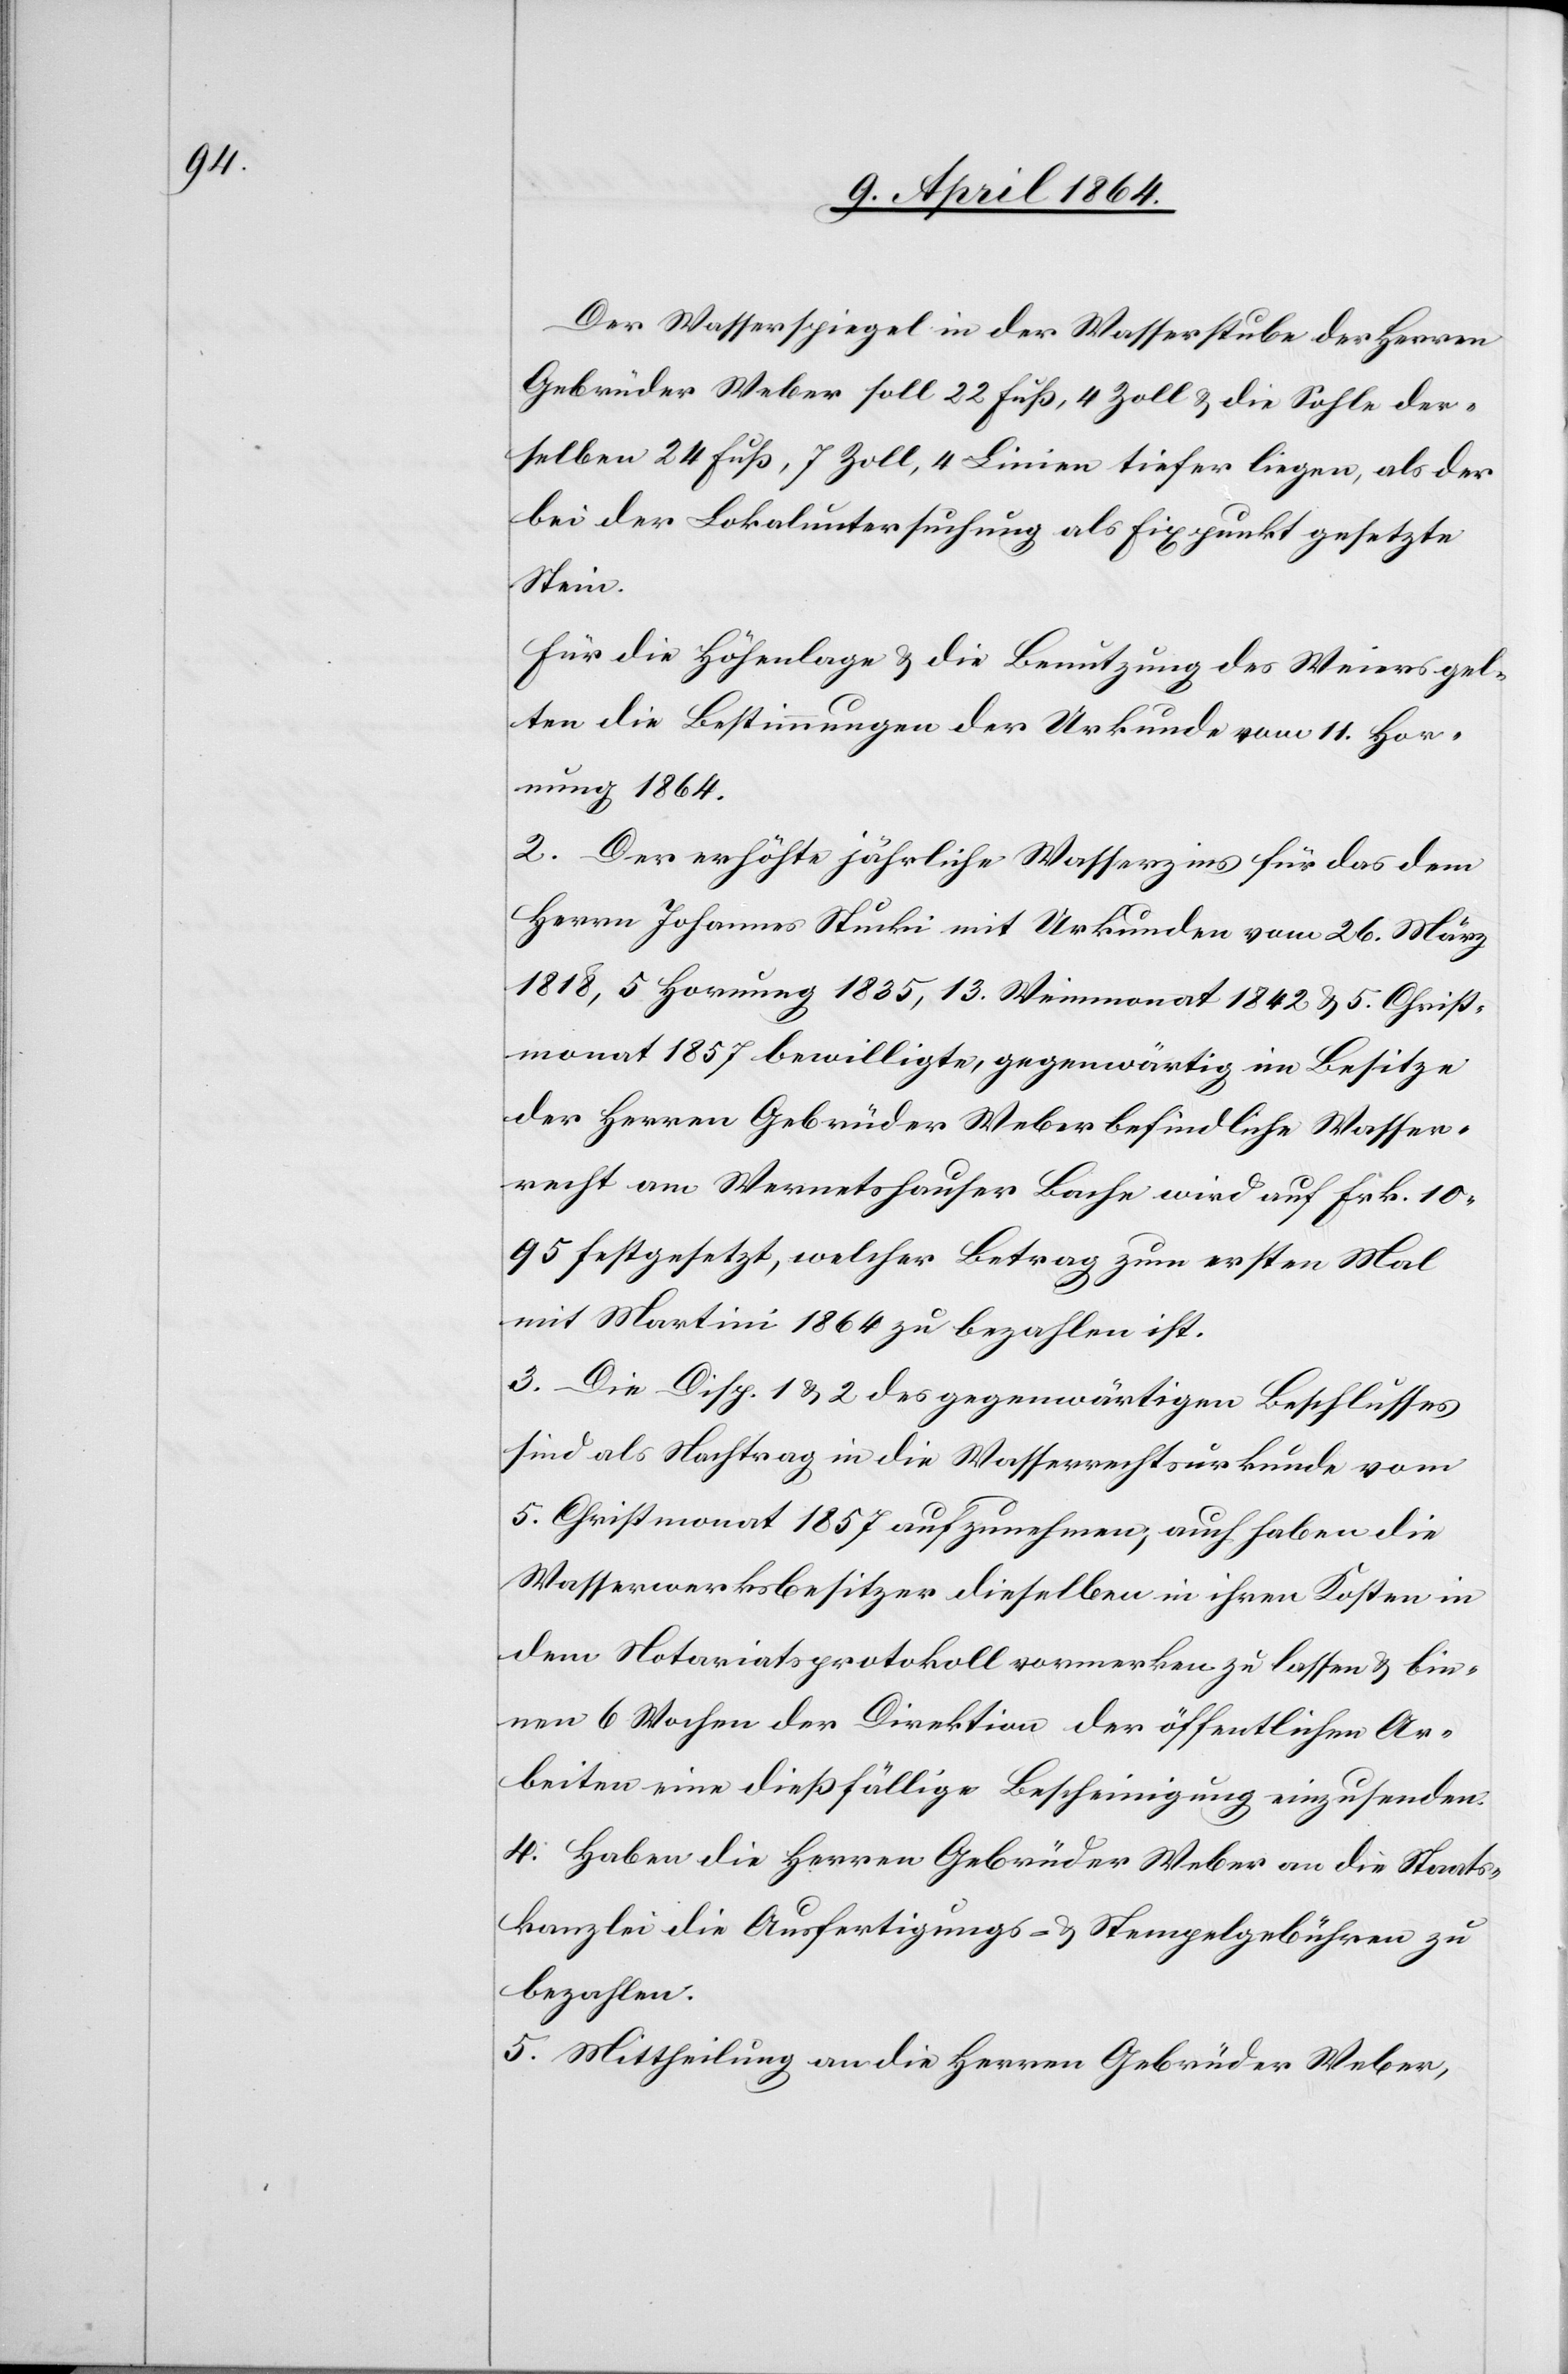
Der Wasserspiegel in der Wasserstube der Herren
Gebrüder Weber soll 22 Fuß, 4 Zoll u. die Sohle der¬
selben 24 Fuß, 7 Zoll, 4 Linien tiefer liegen, als der
bei der Lokaluntersuchung als Fixpunkt gesetzte
Stein.
Für die Höhenlage u. die Benutzung des Weiers gel¬
ten die Bestimmungen der Urkunde vom 11. Hor¬
nung 1864.
2. Der erhöhte jährliche Wasserzins für das dem
Herrn Johannes Stucki mit Urkunden vom 26. März
1818, 5. Hornung 1835, 13. Weinmonat 1842 u. 5. Christ¬
monat 1857 bewilligte, gegenwärtig im Besitze
der Herren Gebrüder Weber befindliche Wasser¬
recht am Wernetshauser Bache wird auf Frk. 10
95 festgesetzt, welcher Betrag zum ersten Mal
mit Martini 1864 zu bezahlen ist.
3. Die Disp. 1 u. 2 des gegenwärtigen Beschlusses
sind als Nachtrag in die Wasserrechtsurkunde vom
5. Christmonat 1857 aufzunehmen, auch haben die
Wasserwerksbesitzer dieselben in ihren Kosten in
dem Notariatsprotokoll vormerken zu lassen u. bin¬
nen 6 Wochen der Direktion der öffentlichen Ar¬
beiten eine dießfällige Bescheinigung einzusenden.
4. Haben die Herren Gebrüder Weber an die Staats¬
kanzlei die Ausfertigungs- u. Stempelgebühren zu
bezahlen.
5. Mittheilung an die Herren Gebrüder Weber,